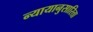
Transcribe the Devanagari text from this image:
न्यायानुसारिता